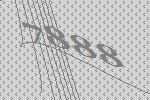
7888